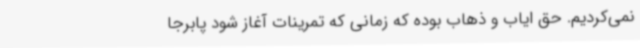
نمی‌کردیم. حق ایاب و ذهاب بوده که زمانی که تمرینات آغاز شود پابرجا